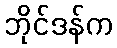
ဘိုင်ဒန်က